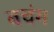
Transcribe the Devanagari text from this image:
बचंग